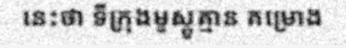
នេះថា ទីក្រុងមូស្គូគ្មាន គម្រោង